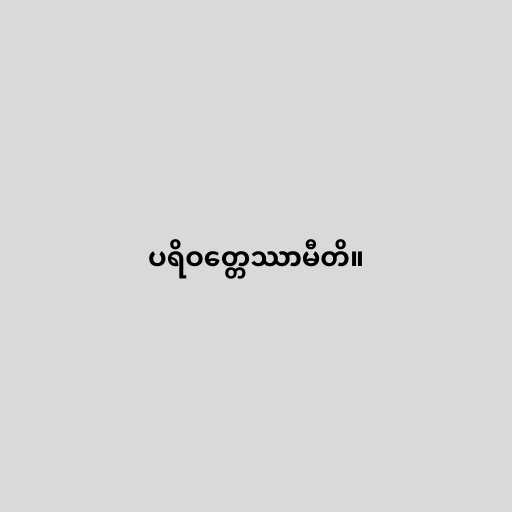
ပရိဝတ္တေဿာမီတိ။